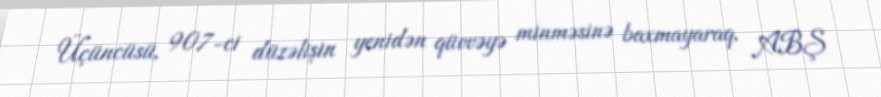
Üçüncüsü, 907-ci düzəlişin yenidən qüvvəyə minməsinə baxmayaraq, ABŞ